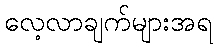
လေ့လာချက်များအရ